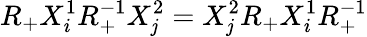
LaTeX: R_{+}X_{i}^{1}R_{+}^{-1}X_{\mathit{j}}^{2}=X_{\mathit{j}}^{2}R_{+}X_{i}^{1}R_{+}^{-1}